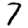
Digit: 7